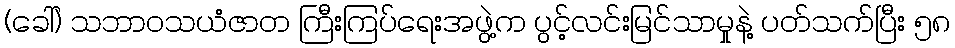
(ခေါ်) သဘာဝသယံဇာတ ကြီးကြပ်ရေးအဖွဲ့က ပွင့်လင်းမြင်သာမှုနဲ့ ပတ်သက်ပြီး ၅၈